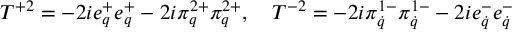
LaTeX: T ^ { + 2 } = - 2 i e _ { q } ^ { + } e _ { q } ^ { + } - 2 i \pi _ { q } ^ { 2 + } \pi _ { q } ^ { 2 + } , \quad T ^ { - 2 } = - 2 i \pi _ { \dot { q } } ^ { 1 - } \pi _ { \dot { q } } ^ { 1 - } - 2 i e _ { \dot { q } } ^ { - } e _ { \dot { q } } ^ { - }